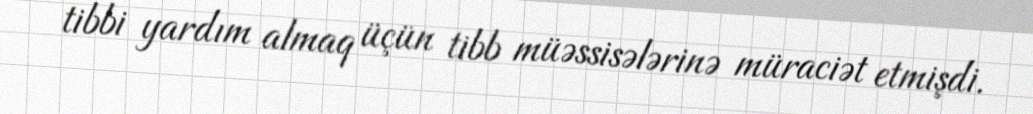
tibbi yardım almaq üçün tibb müəssisələrinə müraciət etmişdi.